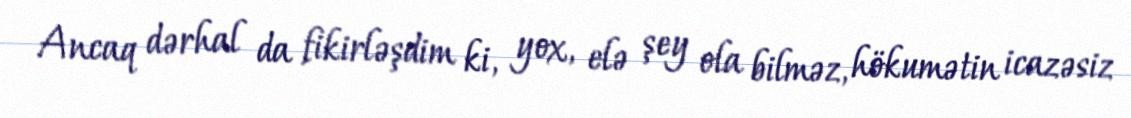
Ancaq dərhal da fikirləşdim ki, yox, elə şey ola bilməz, hökumətin icazəsiz